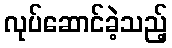
လုပ်ဆောင်ခဲ့သည့်